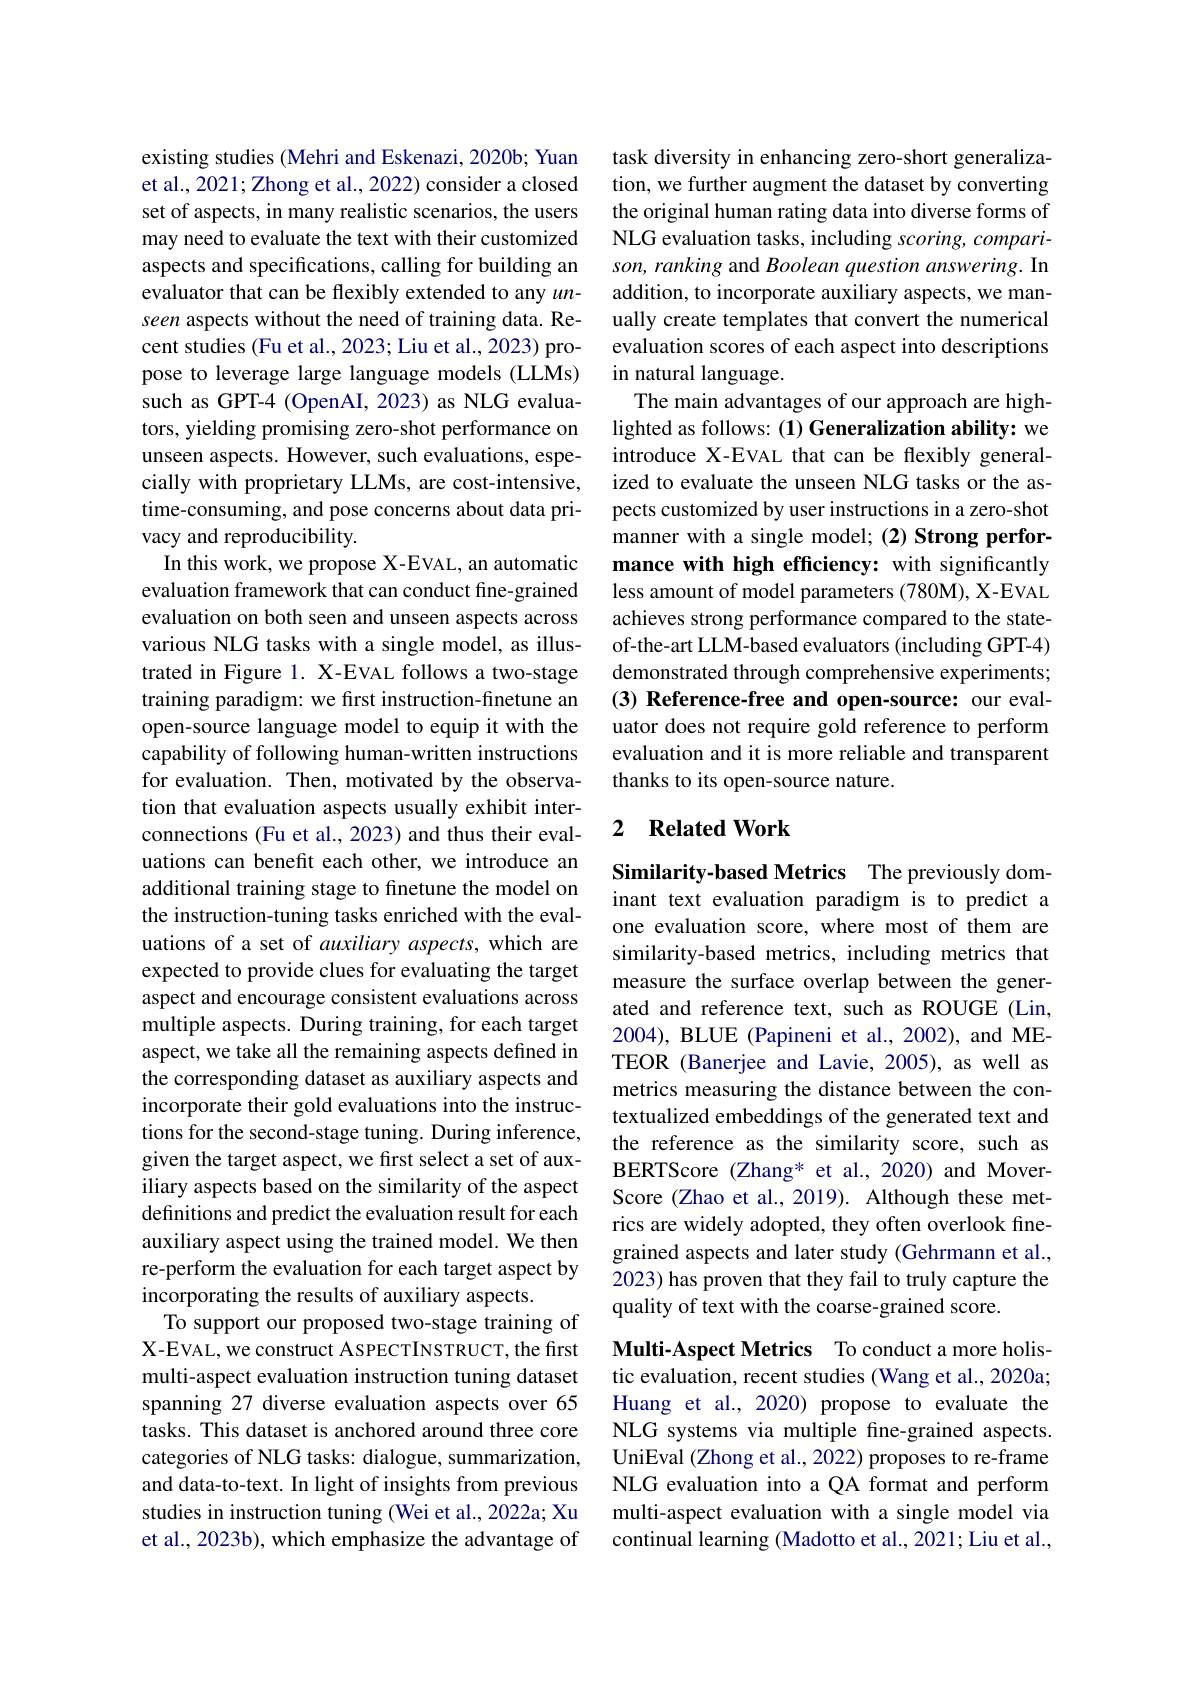
existing studies (Mehri and Eskenazi, 2020b; Yuan et al., 2021; Zhong et al., 2022) consider a closed set of aspects, in many realistic scenarios, the users may need to evaluate the text with their customized aspects and specifications, calling for building an evaluator that can be flexibly extended to any $un-$ seen aspects without the need of training data. Recent studies (Fu et al., 2023; Liu et al., 2023) propose to leverage large language models (LLMs) such as GPT-4 (OpenAI, 2023) as NLG evaluators, yielding promising zero-shot performance on unseen aspects. However, such evaluations, especially with proprietary LLMs, are cost-intensive, time-consuming, and pose concerns about data privacy and reproducibility.
In this work, we propose X-EVAL, an automatic evaluation framework that can conduct fine-grained evaluation on both seen and unseen aspects across various NLG tasks with a single model, as illustrated in Figure 1. X-EVAL follows a two-stage training paradigm: we first instruction-finetune an open-source language model to equip it with the capability of following human-written instructions for evaluation. Then, motivated by the observation that evaluation aspects usually exhibit interconnections (Fu et al., 2023) and thus their evaluations can benefit each other, we introduce an additional training stage to finetune the model on the instruction-tuning tasks enriched with the evaluations of a set of auxiliary aspects, which are expected to provide clues for evaluating the target aspect and encourage consistent evaluations across multiple aspects. During training, for each target aspect, we take all the remaining aspects defined in the corresponding dataset as auxiliary aspects and incorporate their gold evaluations into the instructions for the second-stage tuning. During inference, given the target aspect, we first select a set of auxiliary aspects based on the similarity of the aspect definitions and predict the evaluation result for each auxiliary aspect using the trained model. We then re-perform the evaluation for each target aspect by incorporating the results of auxiliary aspects.
To support our proposed two-stage training of X-EVAL, we construct AsPECTINSTRUCT, the first multi-aspect evaluation instruction tuning dataset spanning 27 diverse evaluation aspects over 65 tasks. This dataset is anchored around three core categories of NLG tasks: dialogue, summarization, and data-to-text. In light of insights from previous studies in instruction tuning (Wei et al., 2022a; Xu et al., 2023b), which emphasize the advantage of

task diversity in enhancing zero-short generalization, we further augment the dataset by converting the original human rating data into diverse forms of NLG evaluation tasks, including scoring, comparison, ranking and Boolean question answering. In addition, to incorporate auxiliary aspects, we manually create templates that convert the numerical evaluation scores of each aspect into descriptions in natural language.
The main advantages of our approach are highlighted as follows: (1) Generalization ability: we introduce X-EVAL that can be flexibly generalized to evaluate the unseen NLG tasks or the aspects customized by user instructions in a zero-shot manner with a single model; (2) Strong performance with high efficiency: with significantly less amount of model parameters (780M), X-EVAL achieves strong performance compared to the stateof-the-art LLM-based evaluators (including GPT-4) demonstrated through comprehensive experiments; (3) Reference-free and open-source: our evaluator does not require gold reference to perform evaluation and it is more reliable and transparent thanks to its open-source nature.

### 2 $\textbf{Related Work}$

Similarity-based Metrics The previously dominant text evaluation paradigm is to predict a one evaluation score, where most of them are similarity-based metrics, including metrics that measure the surface overlap between the generated and reference text, such as ROUGE (Lin, 2004), BLUE (Papineni et al., 2002), and METEOR (Banerjee and Lavie, 2005), as well as metrics measuring the distance between the contextualized embeddings of the generated text and the reference as the similarity score, such as BERTScore (Zhang* et al.,2020) and MoverScore (Zhao et al., 2019). Although these metrics are widely adopted, they often overlook finegrained aspects and later study (Gehrmann et al., 2023) has proven that they fail to truly capture the quality of text with the coarse-grained score.

Multi-Aspect Metrics To conduct a more holistic evaluation, recent studies (Wang et al., 2020a; Huang et al., 2020) propose to evaluate the NLG systems via multiple fine-grained aspects. UniEval (Zhong et al., 2022) proposes to re-frame NLG evaluation into a QA format and perform multi-aspect evaluation with a single model via continual learning (Madotto et al., 2021; Liu et al.,